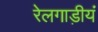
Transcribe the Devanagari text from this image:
रेलगाड़ीयं